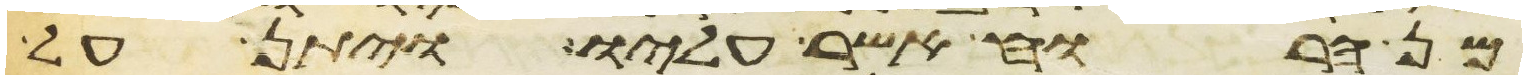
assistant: מן הרוח אשר עליו ויתן על